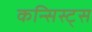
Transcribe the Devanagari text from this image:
कन्सिस्ट्स